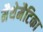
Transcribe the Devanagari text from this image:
मैथेमैटिका